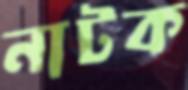
নাটক